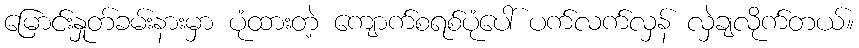
မြောင်းနှုတ်ခမ်းနားမှာ ပုံထားတဲ့ ကျောက်စရစ်ပုံပေါ် ပက်လက်လှန် လှဲချလိုက်တယ်။